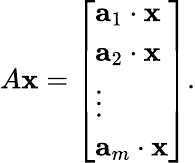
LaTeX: A\mathbf{x}={\left[\begin{array}{l}{\mathbf{a}_{1}\cdot\mathbf{x}}\\ {\mathbf{a}_{2}\cdot\mathbf{x}}\\ {\vdots}\\ {\mathbf{a}_{m}\cdot\mathbf{x}}\end{array}\right]}.